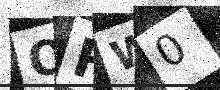
Text: OFW0